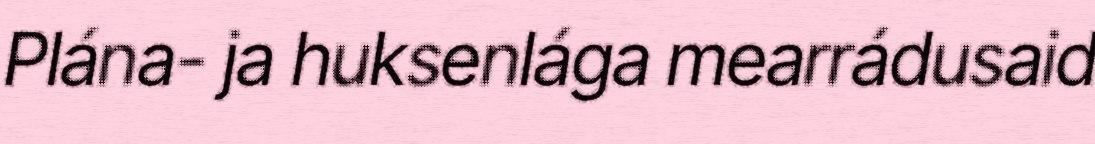
Plána- ja huksenlága mearrádusaid